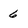
Character: 6